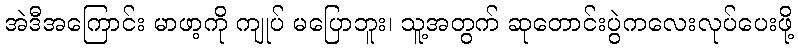
အဲဒီအကြောင်း မာဖာ့ကို ကျုပ် မပြောဘူး၊ သူ့အတွက် ဆုတောင်းပွဲကလေးလုပ်ပေးဖို့